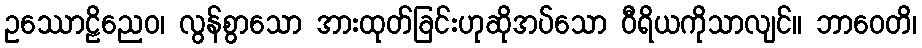
ဥဿောဠိညေဝ၊ လွန်စွာသော အားထုတ်ခြင်းဟုဆိုအပ်သော ဝီရိယကိုသာလျင်။ ဘာဝေတိ၊